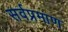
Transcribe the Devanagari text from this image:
सर्वप्रमाण